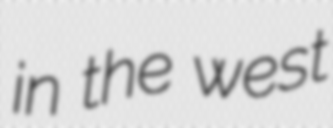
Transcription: in the west